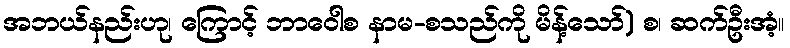
အဘယ်နည်းဟု၊ ကြောင့် ဘာဝေါစ နာမ-စသည်ကို မိန့်သော်) စ၊ ဆက်ဦးအံ့။